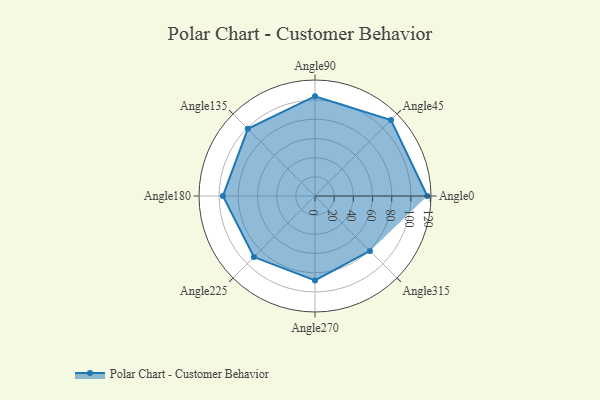
{"axis": {"x": "Angle", "y": "Radius"}, "legend": [""], "data": [{"x": "Angle0", "y": 117.0, "type": ""}, {"x": "Angle45", "y": 112.0, "type": ""}, {"x": "Angle90", "y": 104.0, "type": ""}, {"x": "Angle135", "y": 99.0, "type": ""}, {"x": "Angle180", "y": 96.0, "type": ""}, {"x": "Angle225", "y": 90.0, "type": ""}, {"x": "Angle270", "y": 88.0, "type": ""}, {"x": "Angle315", "y": 81.0, "type": ""}]}